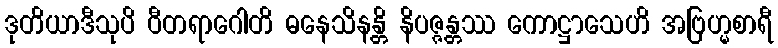
ဒုတိယာဒီသုပိ ဝီတရာဂေါတိ ဓနေသိနန္တိ နိပဇ္ဇန္တဿ ကောဋ္ဌာသေဟိ အဗြဟ္မစာရီ